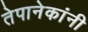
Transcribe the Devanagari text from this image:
तेपानेकांनी